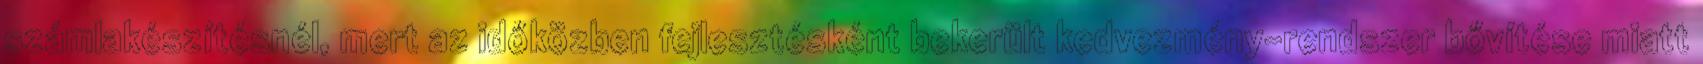
számlakészítésnél, mert az időközben fejlesztésként bekerült kedvezmény-rendszer bővítése miatt